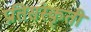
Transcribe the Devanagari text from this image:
प्रतिसंस्कृती